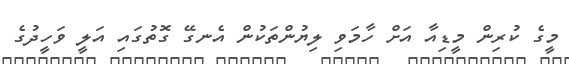
މީގެ ކުރިން މީޑިއާ އަށް ހާމަވި ލިޔުންތަކުން އެނގޭ ގޮތުގައި އަލީ ވަހީދުގެ